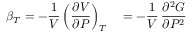
\beta _ { T } = - { \frac { 1 } { V } } \left( { \frac { \partial V } { \partial P } } \right) _ { T } \quad = - { \frac { 1 } { V } } \, { \frac { \partial ^ { 2 } G } { \partial P ^ { 2 } } }